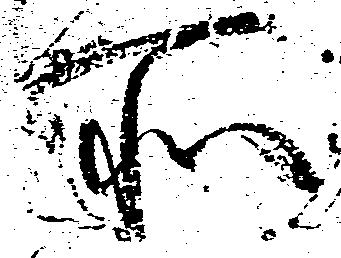
所